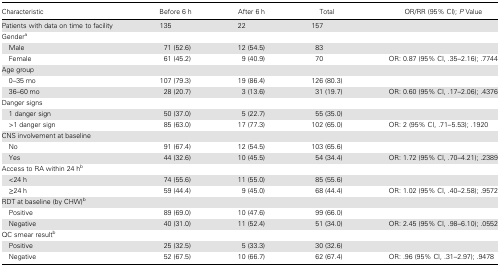
| Characteristic | Before 6 h | After 6 h | Total | OR/RR (95% CI); P Value |
 | --- | --- | --- | --- | --- |
 | Patients with data on time to facility | 135 | 22 | 157 |  |
 | <COLSPAN=5> Gendera |
 | Male | 71 (52.6) | 12 (54.5) | 83 |  |
 | Female | 61 (45.2) | 9 (40.9) | 70 | OR: 0.87 (95% CI, .35–2.16); .7744 |
 | <COLSPAN=5> Age group |
 | 0–35 mo | 107 (79.3) | 19 (86.4) | 126 (80.3) |  |
 | 36–60 mo | 28 (20.7) | 3 (13.6) | 31 (19.7) | OR: 0.60 (95% CI, .17–2.06); .4376 |
 | <COLSPAN=5> Danger signs |
 | 1 danger sign | 50 (37.0) | 5 (22.7) | 55 (35.0) |  |
 | >1 danger sign | 85 (63.0) | 17 (77.3) | 102 (65.0) | OR: 2 (95% CI, .71–5.53); .1920 |
 | <COLSPAN=5> CNS involvement at baseline |
 | No | 91 (67.4) | 12 (54.5) | 103 (65.6) |  |
 | Yes | 44 (32.6) | 10 (45.5) | 54 (34.4) | OR: 1.72 (95% CI, .70–4.21); .2389 |
 | <COLSPAN=5> Access to RA within 24 hb |
 | <24 h | 74 (55.6) | 11 (55.0) | 85 (55.6) |  |
 | ≥24 h | 59 (44.4) | 9 (45.0) | 68 (44.4) | OR: 1.02 (95% CI, .40–2.58); .9572 |
 | <COLSPAN=5> RDT at baseline (by CHW)b |
 | Positive | 89 (69.0) | 10 (47.6) | 99 (66.0) |  |
 | Negative | 40 (31.0) | 11 (52.4) | 51 (34.0) | OR: 2.45 (95% CI, .98–6.10); .0552 |
 | <COLSPAN=5> QC smear resultb |
 | Positive | 25 (32.5) | 5 (33.3) | 30 (32.6) |  |
 | Negative | 52 (67.5) | 10 (66.7) | 62 (67.4) | OR: .96 (95% CI, .31–2.97); .9478 |